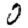
Digit: 0